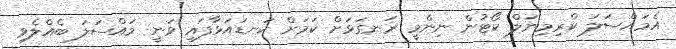
އެމައްސަލަ ކްރިމިނަލް ކޯޓުން ނިންމީ ރަނގަޅަށް ކަމަށް ކަނޑައަޅާފައި ވަނީ މައްސަލަ ބެއްލެވި